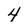
Character: 4